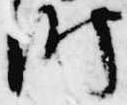
師